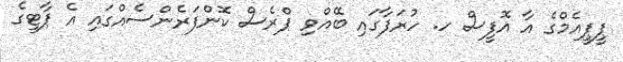
ޕީޕީއެމްގެ އާ އޮފީސް ހ. ހުރަފާގައި ބޭއްވި ޕްރެސް ކޮންފަރެންސެއްގައި އެ ޕާޓީގެ